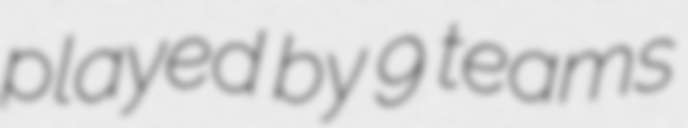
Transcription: played by 9 teams